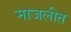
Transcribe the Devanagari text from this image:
माजलीत